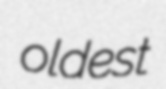
oldest